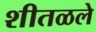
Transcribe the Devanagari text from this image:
शीतळले